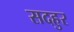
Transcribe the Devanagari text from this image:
सदहुर